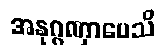
အနုဂ္ဂဏှာပေသိ